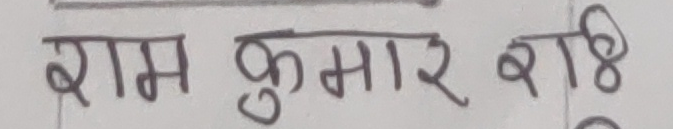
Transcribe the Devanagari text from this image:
राम कुमार राठ